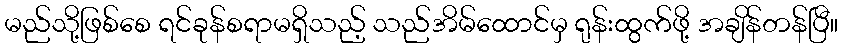
မည်သို့ဖြစ်စေ ရင်ခုန်စရာမရှိသည့် သည်အိမ်ထောင်မှ ရုန်းထွက်ဖို့ အချိန်တန်ပြီ။